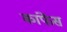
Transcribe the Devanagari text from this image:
कांफेंस